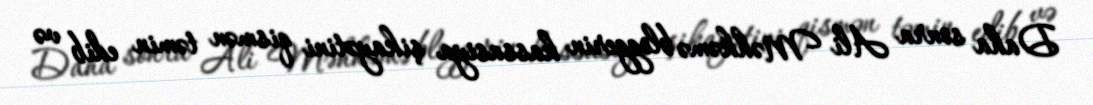
Daha sonra Ali Məhkəmə bloggerin kassasiya şikayətini qismən təmin edib və